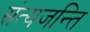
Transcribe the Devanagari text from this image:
संत्यजन्ति